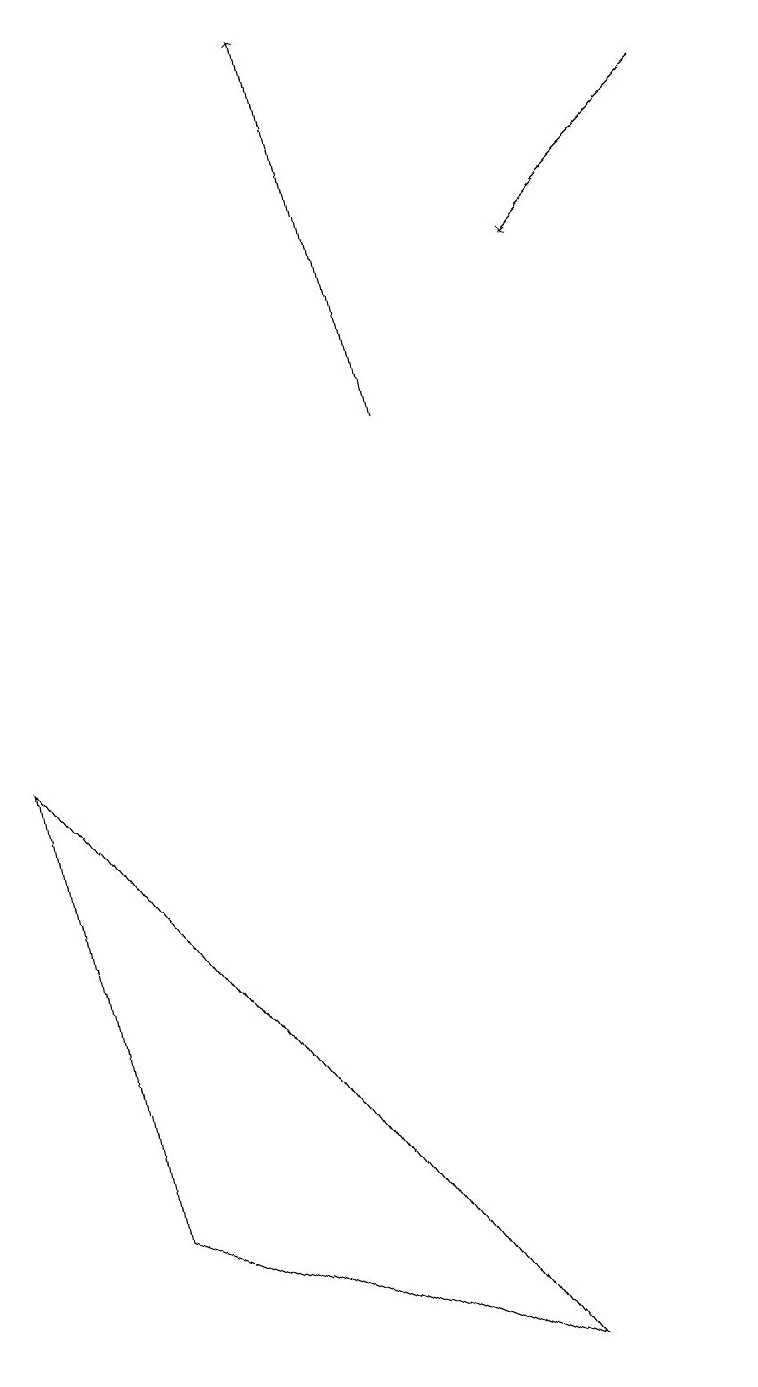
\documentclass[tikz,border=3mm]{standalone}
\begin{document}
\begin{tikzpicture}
\draw[->] (5,13) -- (4,18);
\draw (0,9) -- (1,3) -- (6,1) -- cycle;
\draw[->] (9,17) -- (7,15);
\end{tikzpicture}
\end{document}